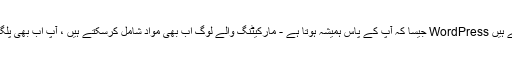
آپ اپنا استعمال جاری رکھ سکتے ہیں WordPress جیسا کہ آپ کے پاس ہمیشہ ہوتا ہے - مارکیٹنگ والے لوگ اب بھی مواد شامل کرسکتے ہیں ، آپ اب بھی پلگ ان شامل کرسکتے ہیں ، وغیرہ۔